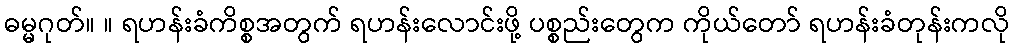
ဓမ္မဂုတ်။ ။ ရဟန်းခံကိစ္စအတွက် ရဟန်းလောင်းဖို့ ပစ္စည်းတွေက ကိုယ်တော် ရဟန်းခံတုန်းကလို